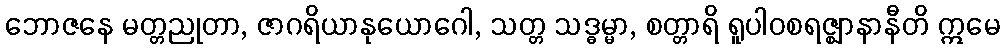
ဘောဇနေ မတ္တညုတာ, ဇာဂရိယာနုယောဂေါ, သတ္တ သဒ္ဓမ္မာ, စတ္တာရိ ရူပါဝစရဇ္ဈာနာနီတိ ဣမေ